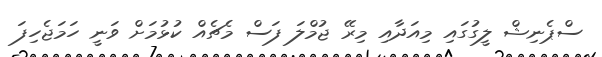
ސްޕެނިޝް ލީގުގައި މިއަދާއި މިރޭ ޖުމްލަ ފަސް މެޗެއް ކުޅުމަށް ވަނީ ހަމަޖެހިފަ